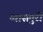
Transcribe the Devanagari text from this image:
व्यासपुरी